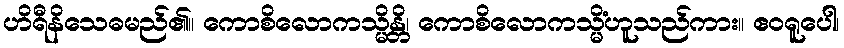
ဟိရီနိသေဓမည်၏။ ကောစိလောကသ္မိန္တိ၊ ကောစိလောကသ္မိံဟူသည်ကား။ ဧဝရူပေါ၊